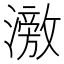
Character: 𬉘